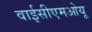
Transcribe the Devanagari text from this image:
वाईसीएमओयू